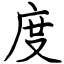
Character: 度